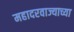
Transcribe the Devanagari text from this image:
महादरवाज्याच्या